Reports on military cantonments and civil stations in the Presidency of Bombay inspected by the Sanitary Commissioner in the years 1875 and 1876
Year: 1875
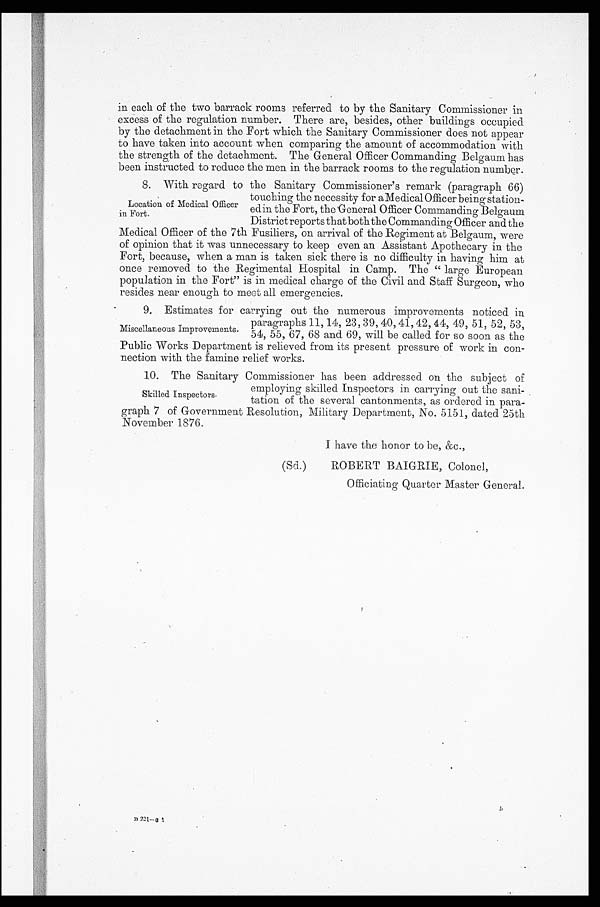
in each of the two barrack rooms referred to by the Sanitary Commissioner in
excess of the regulation number. There are, besides, other buildings occupied
by the detachment in the Fort which the Sanitary Commissioner does not appear
to have taken into account when comparing the amount of accommodation with
the strength of the detachment. The General Officer Commanding Belgaum has
been instructed to reduce the men in the barrack rooms to the regulation number.
8. With regard to the Sanitary Commissioner's remark (paragraph 66)
touching the necessity for a M edical Officer being station-
Location. of Medical Officer edin the Fort, the General Officer Commanding Belgium
in Fort.
District reports that both the Commanding Officer and the
Medical Officer of the 7th Fusiliers, on arrival of the Regiment at Belgaum, were
of opinion that it was unnecessary to keep even an Assistant Apothecary in the
Fort, because, when a man is taken sick there is no difficulty in having him at
once removed to the Regimental Hospital in Camp. The "large European
population in the Fort" is in medical charge of the Civil and Staff Surgeon, who
resides near enough to meet all emergencies.
9. Estimates for carrying out the numerous improvements noticed in
.
ts
rovemen
p
m
I
aneous
scell
paragraphs 11, 14, 23,39, 40,41,42,44, 49, 51, 52, 53,
Mi
54, 5-5, 67, 68 and 69, will be called for so soon as the
Public Works Department is relieved from its present pressure of work in con-
nection with the famine relief works.
10. The Sanitary Commissioner has been addressed on the subject of°e
m p l o y i n g s k i l l e d I n s p e c t o r s i n c a r r y i n g o u t t h e s a n i -
Skilled Inspectors.
tation of the several cantonments, as ordered in para-
graph 7 of Government Resolution, Military Department, No. 5151, dated 25th
November 1876.
I have the honor to be, &c.,
( S d. )
ROBERT BAIGRIE, Colonel,
Officiating Quarter Master General.
33 221-e t